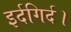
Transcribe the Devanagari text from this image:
इर्दगिर्द।